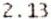
2.13